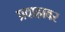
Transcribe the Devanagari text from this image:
प्रवाहावर